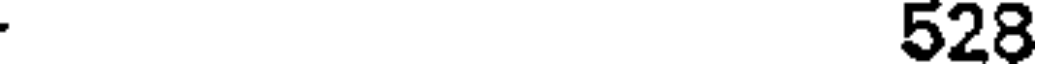
528